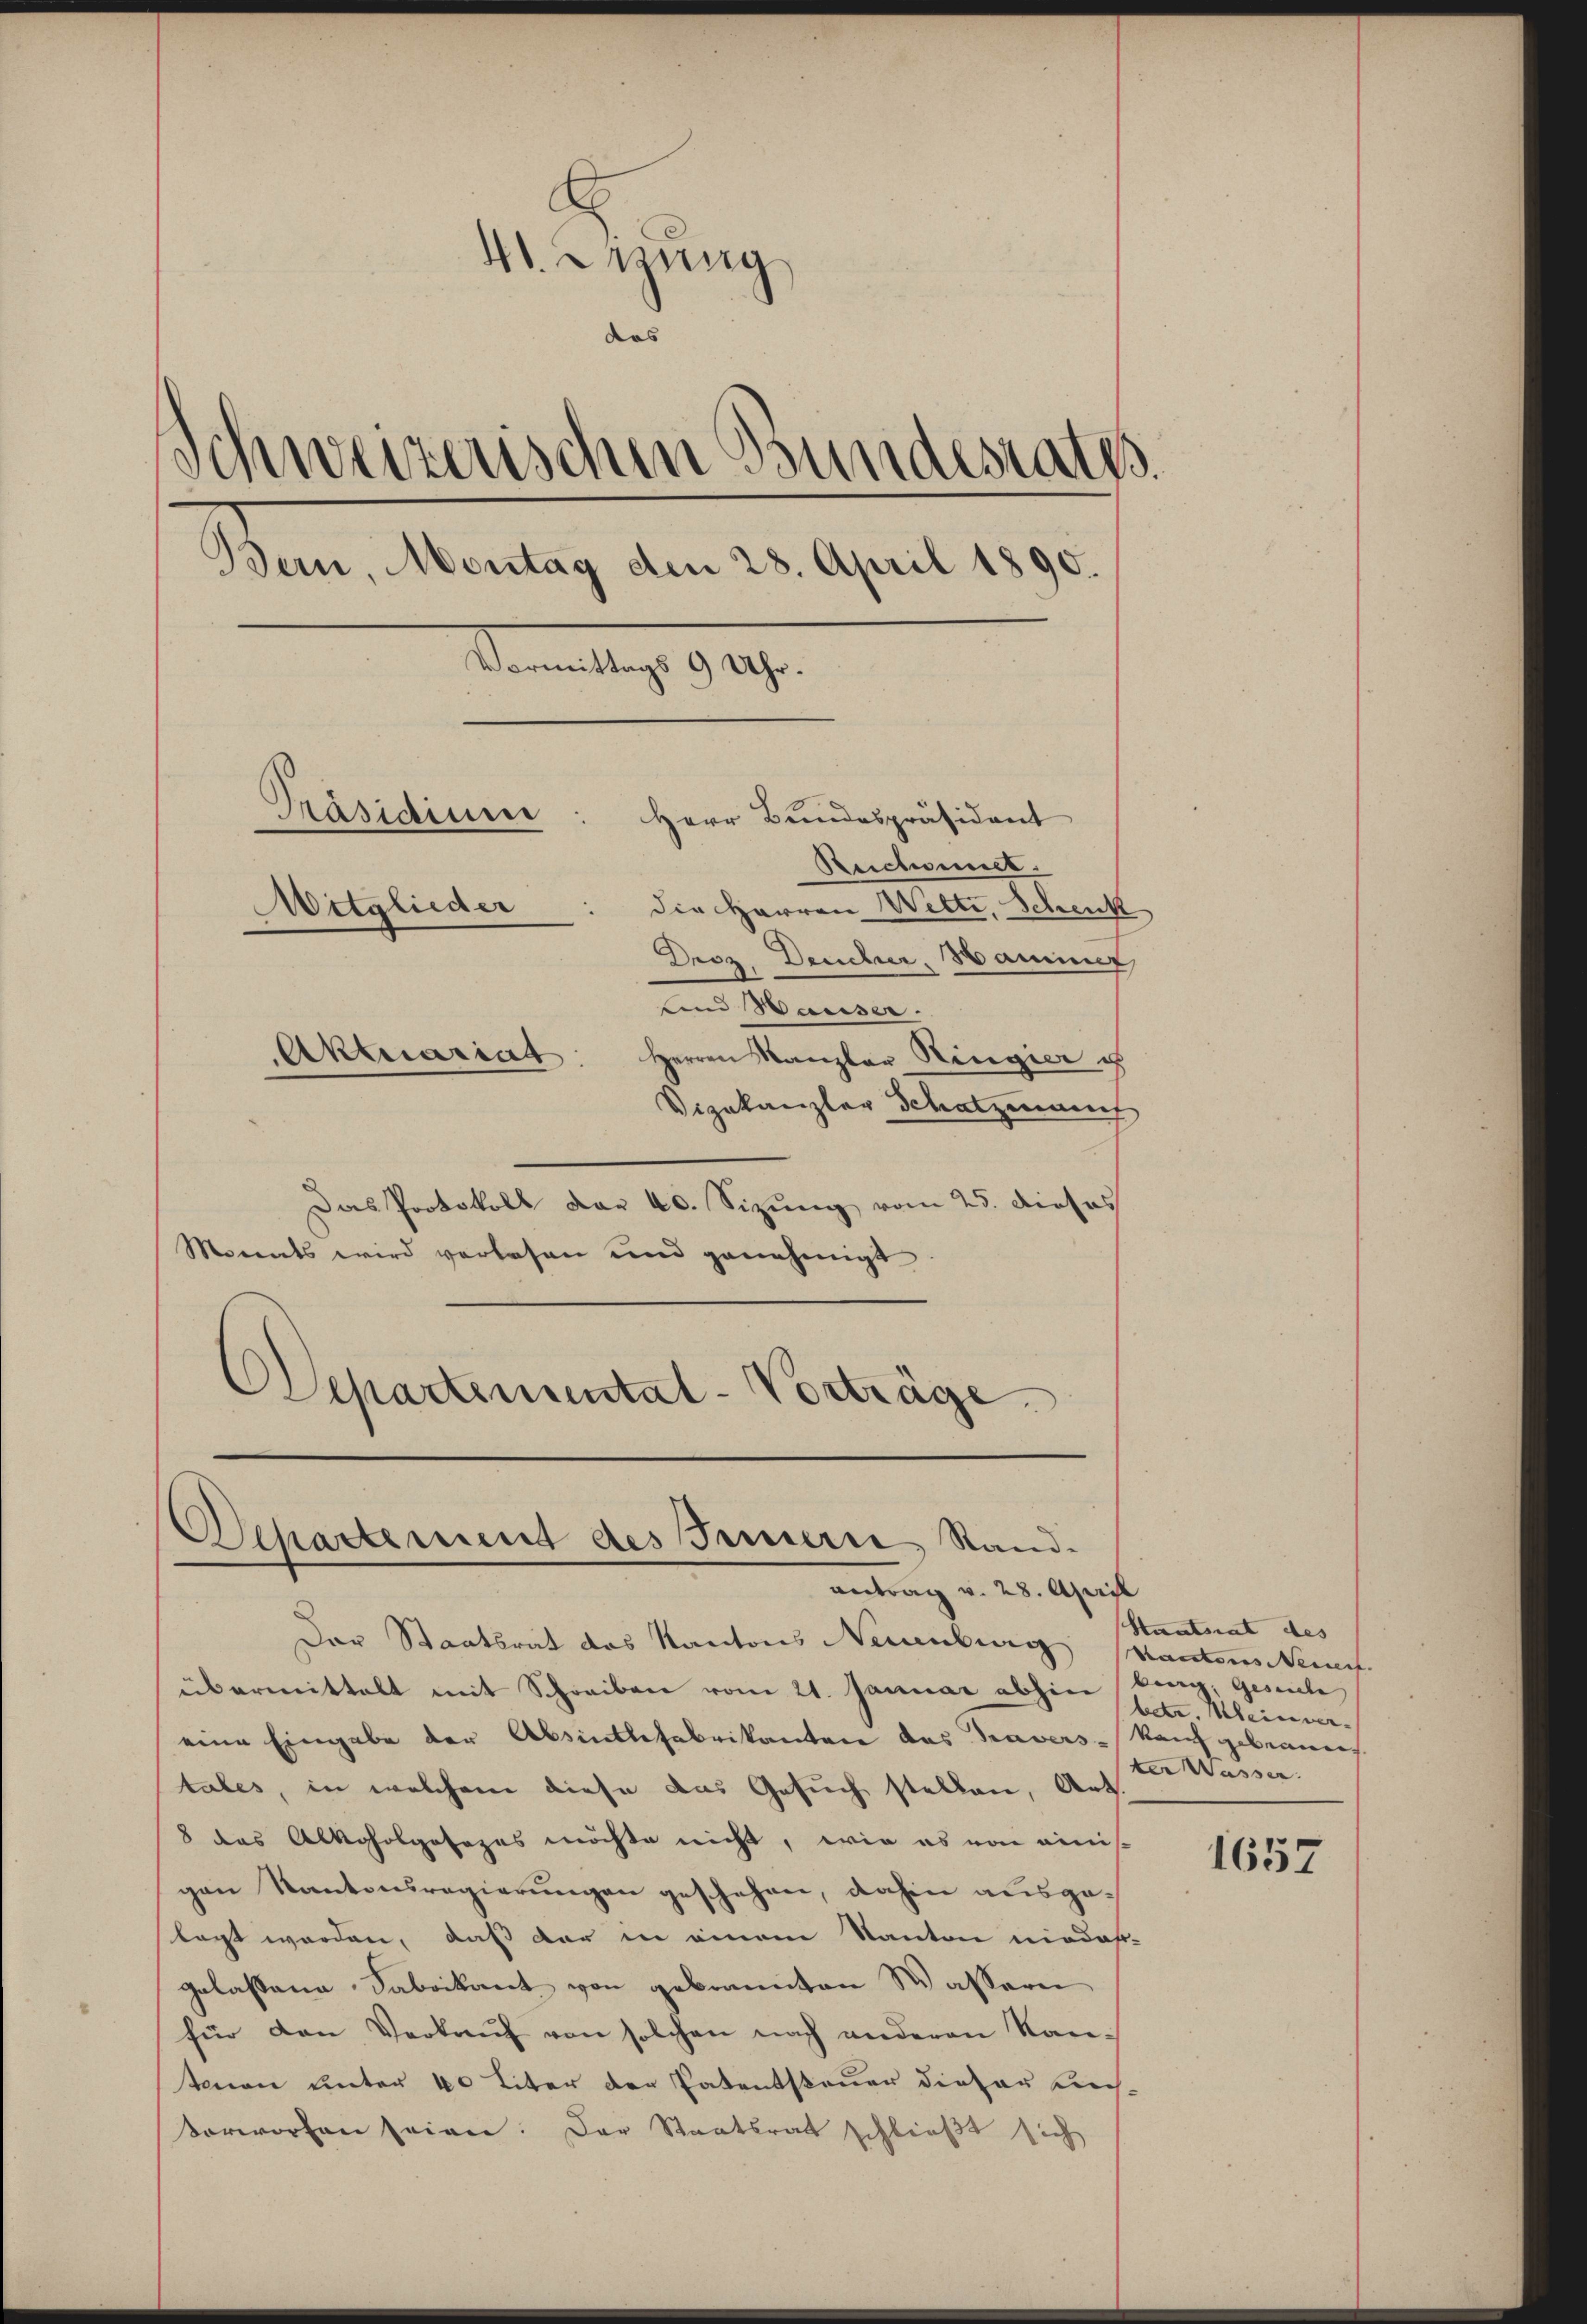
41. Sizung
das
Schweizerischen Bundesrates.
Bern, Montag den 28. April 1890.
Termittag 1909.
Präsidium
Herr Bundespräsident
Reichneck.
Mitglieder
die Herren Wette, Schenk
Droz. Deucher, Hammer
fend Waiser.
Aktuariat
Herren Kanzler Ringier i
Vizekanzler Schatzmanch

Das Protokoll dar 40. Sizung vom 25. dieses
Monats wird verlesen und genehmigt
Departemental-Vorträge.

Departement des Innern Stand.
antrag v. 28. April

Der Staatsrat des Kantons Neuenburg stantens Neue
übermittelt mit Schreiben vom 21. Januar abhin trag, Gesuch
eine Eingabe der Absentlefabrikanten das Travers - Kaufgebrauen
tales, in welchem diese das Gesuch stellen, Ant.
8 das Alkoholgesezes möchte nicht, wie es von einis
gen Kantonsregierungen geschehen, dahin ausgelagt worden, daß der in einem Kanton niedas-
gelassene Sabrikant von gebrannten Wassern
für den Verkaŭf von solchen nach anderen Kantenen unter 40 liter der Patentsteuer dieser Leisvorworfen seien: Der Staatsrat schließt sich

Staatsrat des
bder Kleinver-
ter Wasser.

1657